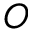
O